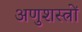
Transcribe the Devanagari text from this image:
अणुशस्त्रों